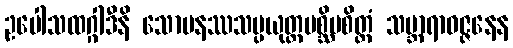
ဥပေါသထဂ္ဂါဒီနိ သောမနဿသမ္ပယုတ္တပစ္ဆိမစိတ္တံ သမ္ဘာရာဝဇ္ဇနေန